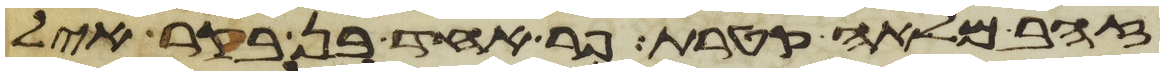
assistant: זהב מלאה קטרת פר אחד בן בקר איל